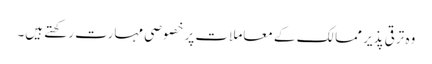
وہ ترقی پذیر ممالک کے معاملات پر خصوصی مہارت رکھتے ہیں۔